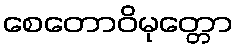
စေတောဝိမုတ္တော